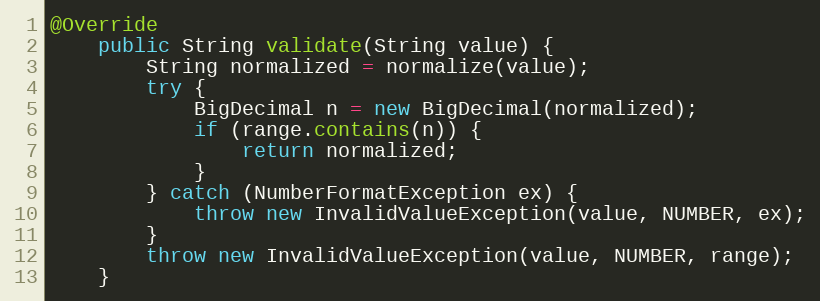
Language: Java
@Override
    public String validate(String value) {
        String normalized = normalize(value);
        try {
            BigDecimal n = new BigDecimal(normalized);
            if (range.contains(n)) {
                return normalized;
            }
        } catch (NumberFormatException ex) {
            throw new InvalidValueException(value, NUMBER, ex);
        }
        throw new InvalidValueException(value, NUMBER, range);
    }